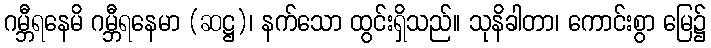
ဂမ္ဘီရနေမိ ဂမ္ဘီရနေမာ (ဆဋ္ဌ)၊ နက်သော ထွင်းရှိသည်။ သုနိခါတာ၊ ကောင်းစွာ မြေ၌